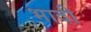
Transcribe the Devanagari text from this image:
भादी